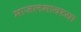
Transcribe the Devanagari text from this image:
माजलगावच्या